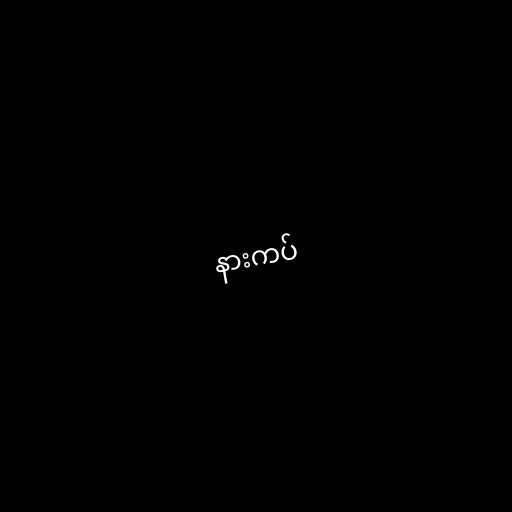
နားကပ်